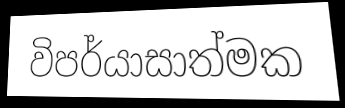
විපර්යාසාත්මක